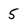
Character: 5